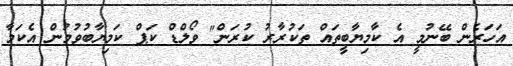
އަހަރެން ބޭނުމީ އެ ކާމިޔާބީތައް ތަކުރާރު ކުރަން" ވޯލްޑް ކަޕް ކަމިޔާބުވުމުން އެކަމާ